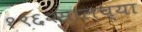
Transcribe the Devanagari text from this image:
१९६२सालच्या